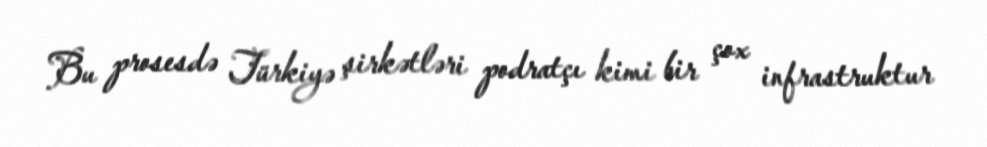
Bu prosesdə Türkiyə şirkətləri podratçı kimi bir çox infrastruktur